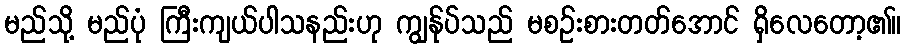
မည်သို့ မည်ပုံ ကြီးကျယ်ပါသနည်းဟု ကျွန်ုပ်သည် မစဉ်းစားတတ်အောင် ရှိလေတော့၏။